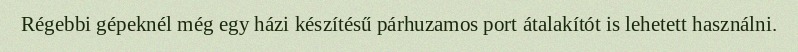
Régebbi gépeknél még egy házi készítésű párhuzamos port átalakítót is lehetett használni.